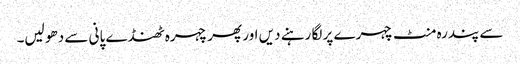
سے پندرہ منٹ چہرے پر لگا رہنے دیں اور پھر چہرہ ٹھنڈے پانی سے دھو لیں۔